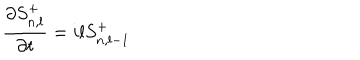
\frac { \partial S _ { n , l } ^ { + } } { \partial t } = i l S _ { n , l - 1 } ^ { + }